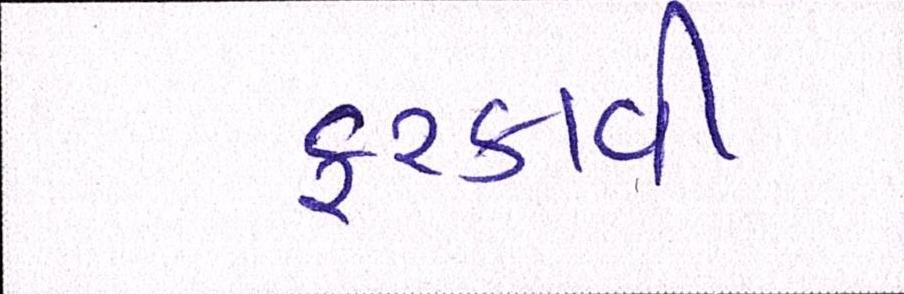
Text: ફરકાવી